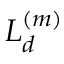
{ \cal L } _ { d } ^ { ( m ) }